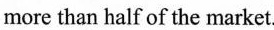
more than half of the market.